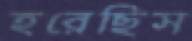
হরেছিস